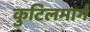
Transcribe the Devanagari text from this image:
कुटिलमार्ग